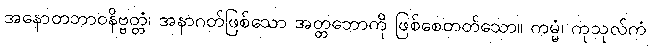
အနောတဘာဝနိဗ္ဗတ္တံ၊ အနာဂတ်ဖြစ်သော အတ္တဘောကို ဖြစ်စေတတ်သော။ ကမ္မံ၊ ကုသုလ်ကံ